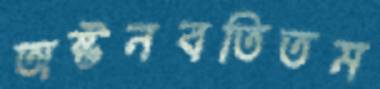
অষ্টনবতিতম